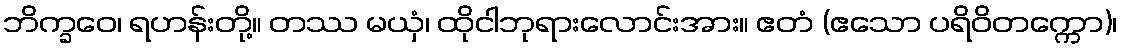
ဘိက္ခဝေ၊ ရဟန်းတို့။ တဿ မယှံ၊ ထိုငါဘုရားလောင်းအား။ ဧတံ (ဧသော ပရိဝိတက္ကော)၊